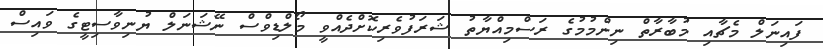
ފައިނަލް މެޗާއި މުބާރާތް ނިންމުމުގެ ރަސްމިއްޔާތު ޝަރަފުވެރިކޮށްދެއްވީ މޯލްޑިވްސް ނޭޝަނަލް ޔުނިވާސިޓީގެ ވައިސް